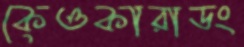
কেওকারাডং